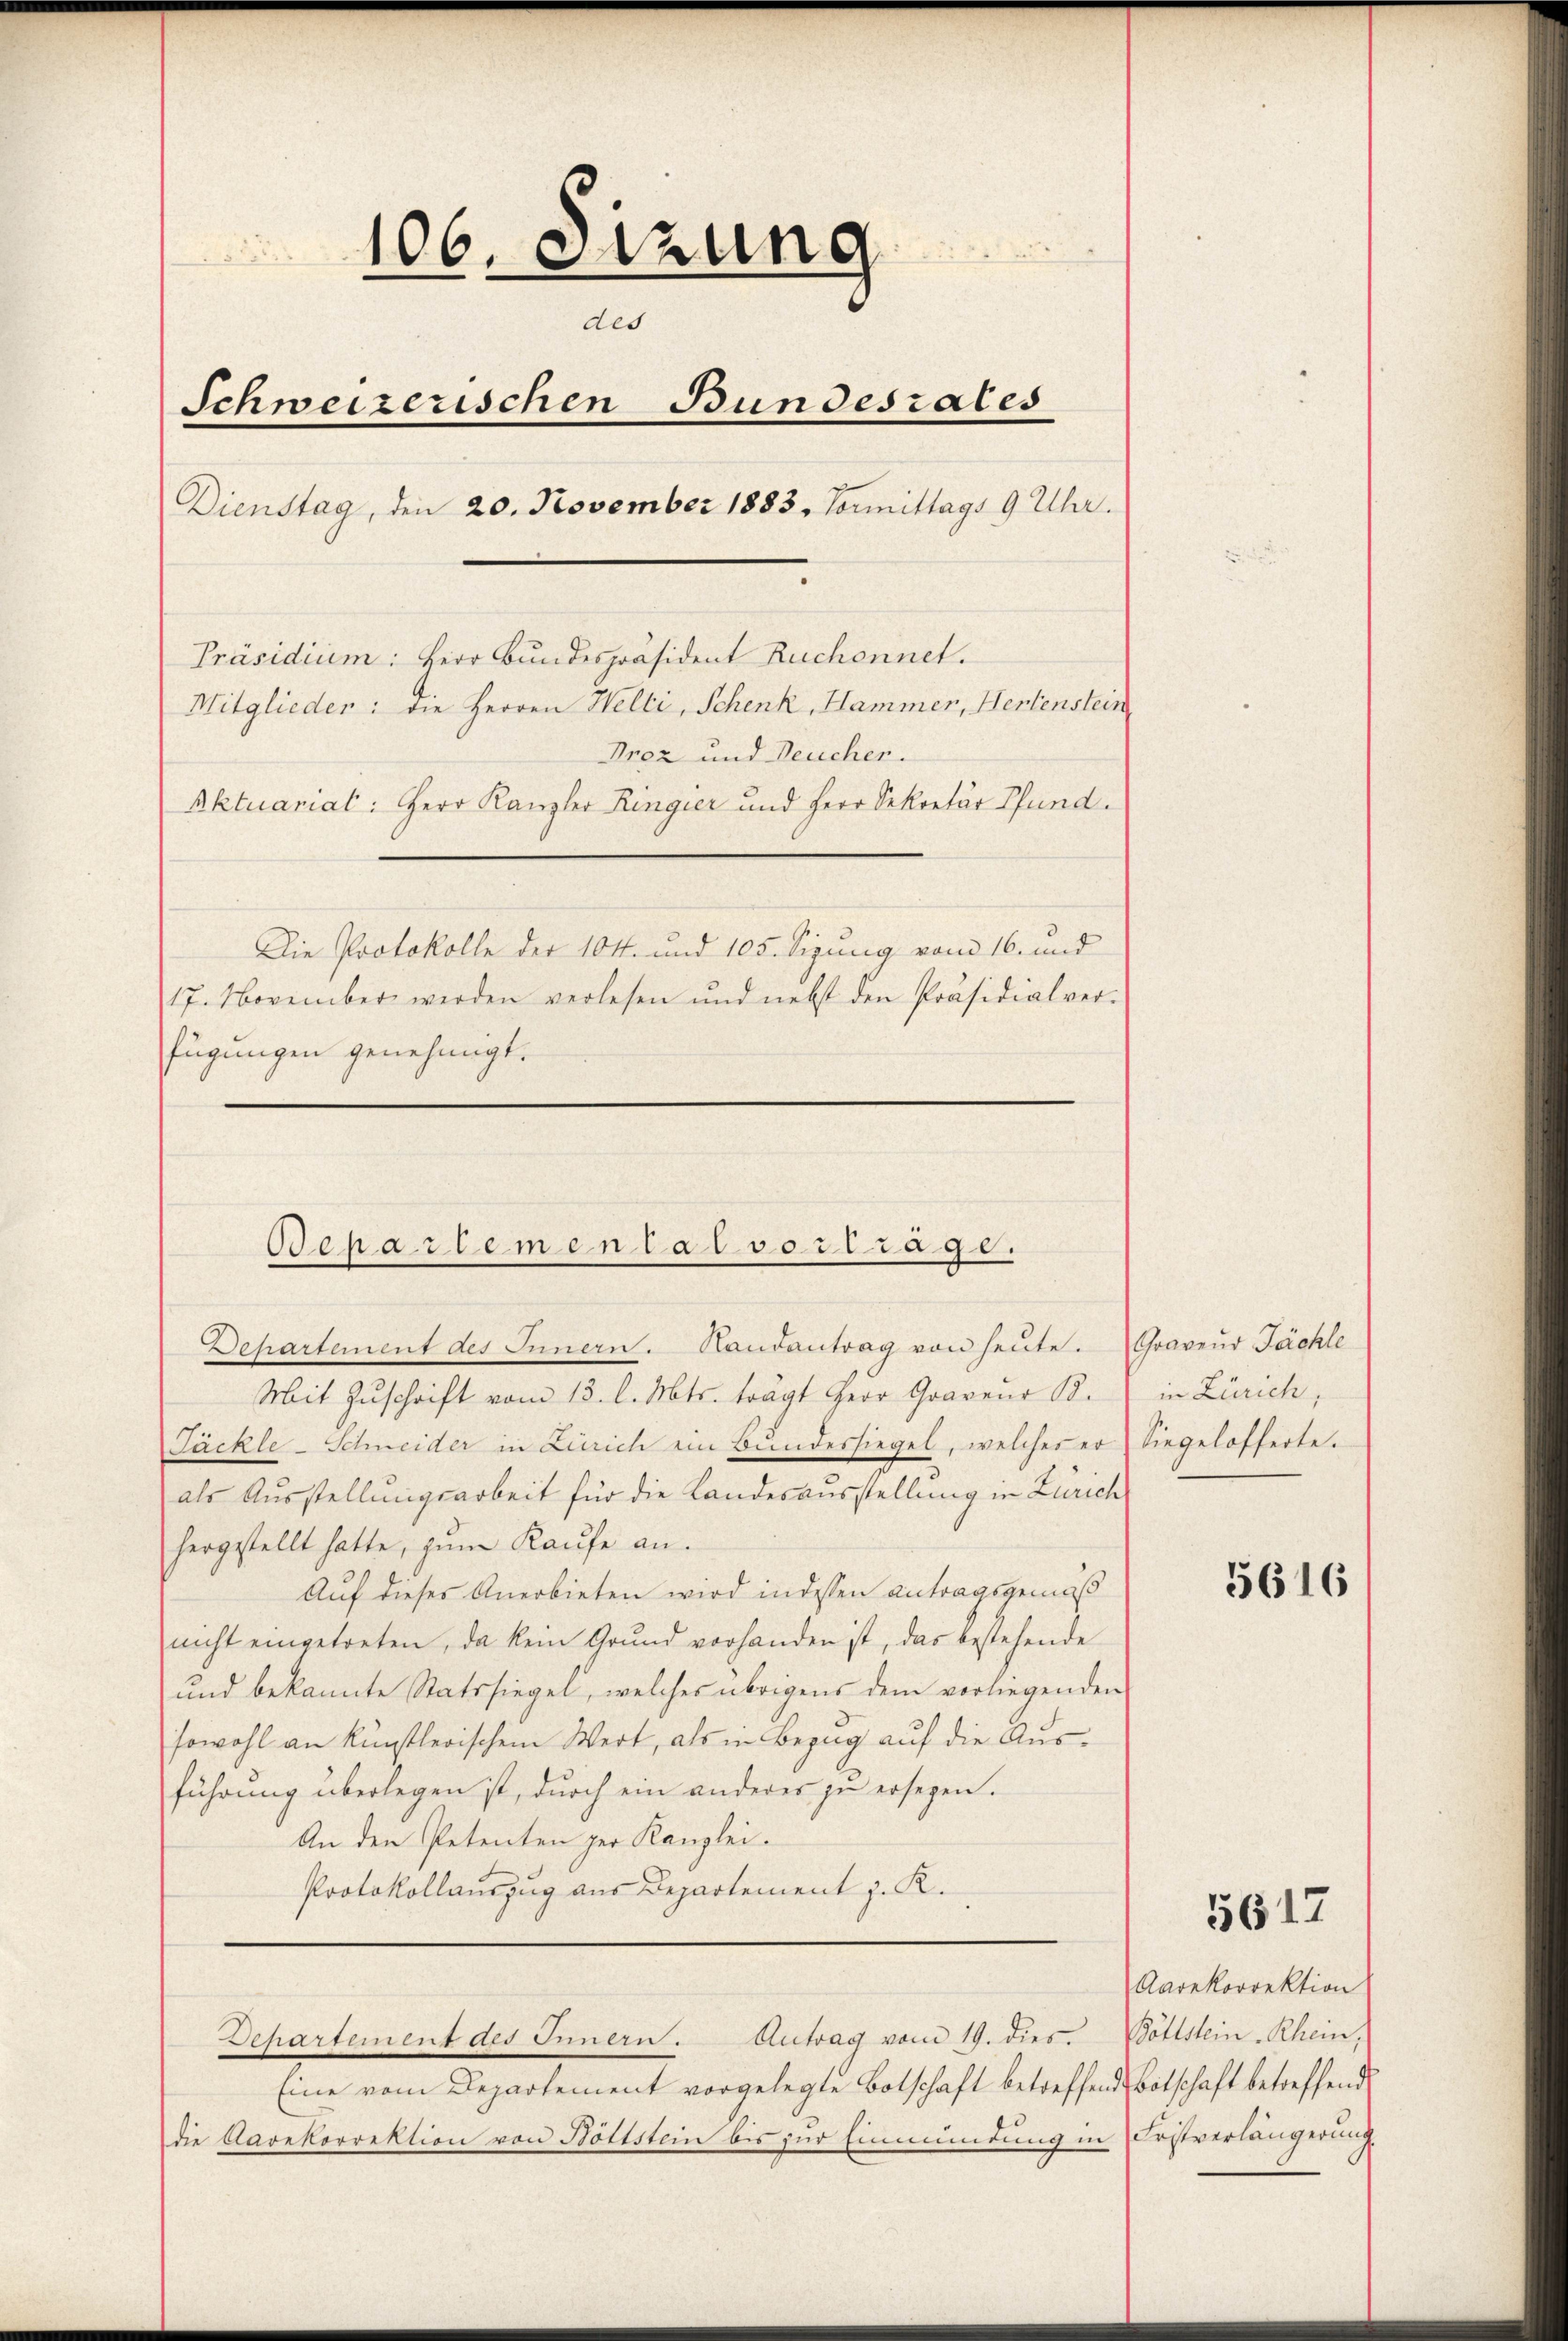
106. Sitzung
des
Schweizerischen Bundesrates
Dienstag, den 20. November 1883. Vormittags 9 Uhr.
Präsidium: Herr Bundespräsident Ruchonnet.
Mitglieder: die Herren Welti, Schenk, Hammer, Hertenstein
Prez und Deucher.
Aktuariat: Herr Kanzler Ringier und Herr Sekretär Pfund
Die Protokolle der 104. und 105. Sizung vom 16. und
17. November werden verlesen und nebst den Präsidialver-
fügungen genehmigt.

Bepartemental vortrage.
Departement des Innern. Handantrag von heute. Gravend Fächle

Mit Zuschrift vom 13. l. Mts. trägt Herr Gravenr B.
Päckle-Schneider in Zürich ein Bundessiegel, welches er Siegelofferte.
als Ausstellungsarbeit für die Landesausstellung in Zürich
hergestellt hatte, zŭm Kaŭfe an.
Auf dieses Anerbieten wird in dessen Antragsgemäß
nicht eingetreten, da kein Grund vorhanden ist, das bestehende
und bekannte Statssiegel, welches übrigens dem vorliegenden
sowohl an künstlerischem Wert, als in Bezug auf die Ausführŭng überlegen ist, dŭrch ein anderer zŭ ersehen.
An den Petenten der Kanzlei.
Protokollauszug aus Departement z. K.

Departement des Innern. Antrag vom 19. dies

Eine vom Departement vorgelegte Botschaft betreffend Botschaft betreffend
die Aarekorrektion von Bottstein bis zur Einmündung in Fristverlängerung

in Zürich,

5616

5617

Aarekorrektion
Böttstein Rhein;